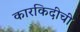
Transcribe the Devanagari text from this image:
कारकिदीची